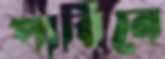
পারিনে